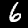
Digit: 6